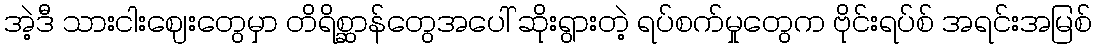
အဲ့ဒီ သားငါးဈေးတွေမှာ တိရိစ္ဆာန်တွေအပေါ် ဆိုးရွားတဲ့ ရပ်စက်မှုတွေက ဗိုင်းရပ်စ် အရင်းအမြစ်